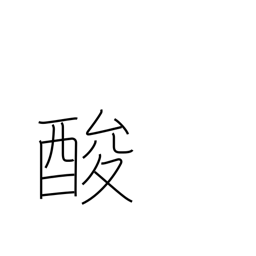
Meaning: tart